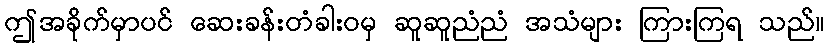
ဤအခိုက်မှာပင် ဆေးခန်းတံခါးဝမှ ဆူဆူညံညံ အသံများ ကြားကြရ သည်။